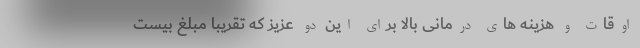
اوقات و هزینه های درمانی بالا برای این دو عزیز که تقریبا مبلغ بیست